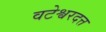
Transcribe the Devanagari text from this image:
वटेश्वरदत्त